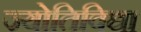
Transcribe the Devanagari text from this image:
ज्योतिविद्या